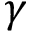
\gamma